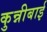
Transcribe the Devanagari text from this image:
कुन्नीबाई